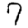
Digit: 7